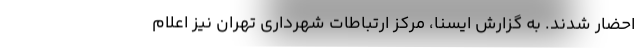
احضار شدند. به گزارش ایسنا، مرکز ارتباطات شهرداری تهران نیز اعلام